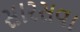
સારસવા